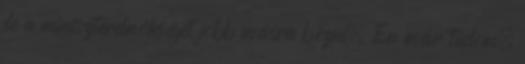
de a miniszterelnökséget jobb másra bízni. Én már tudom,